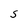
Character: S